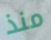
منذ